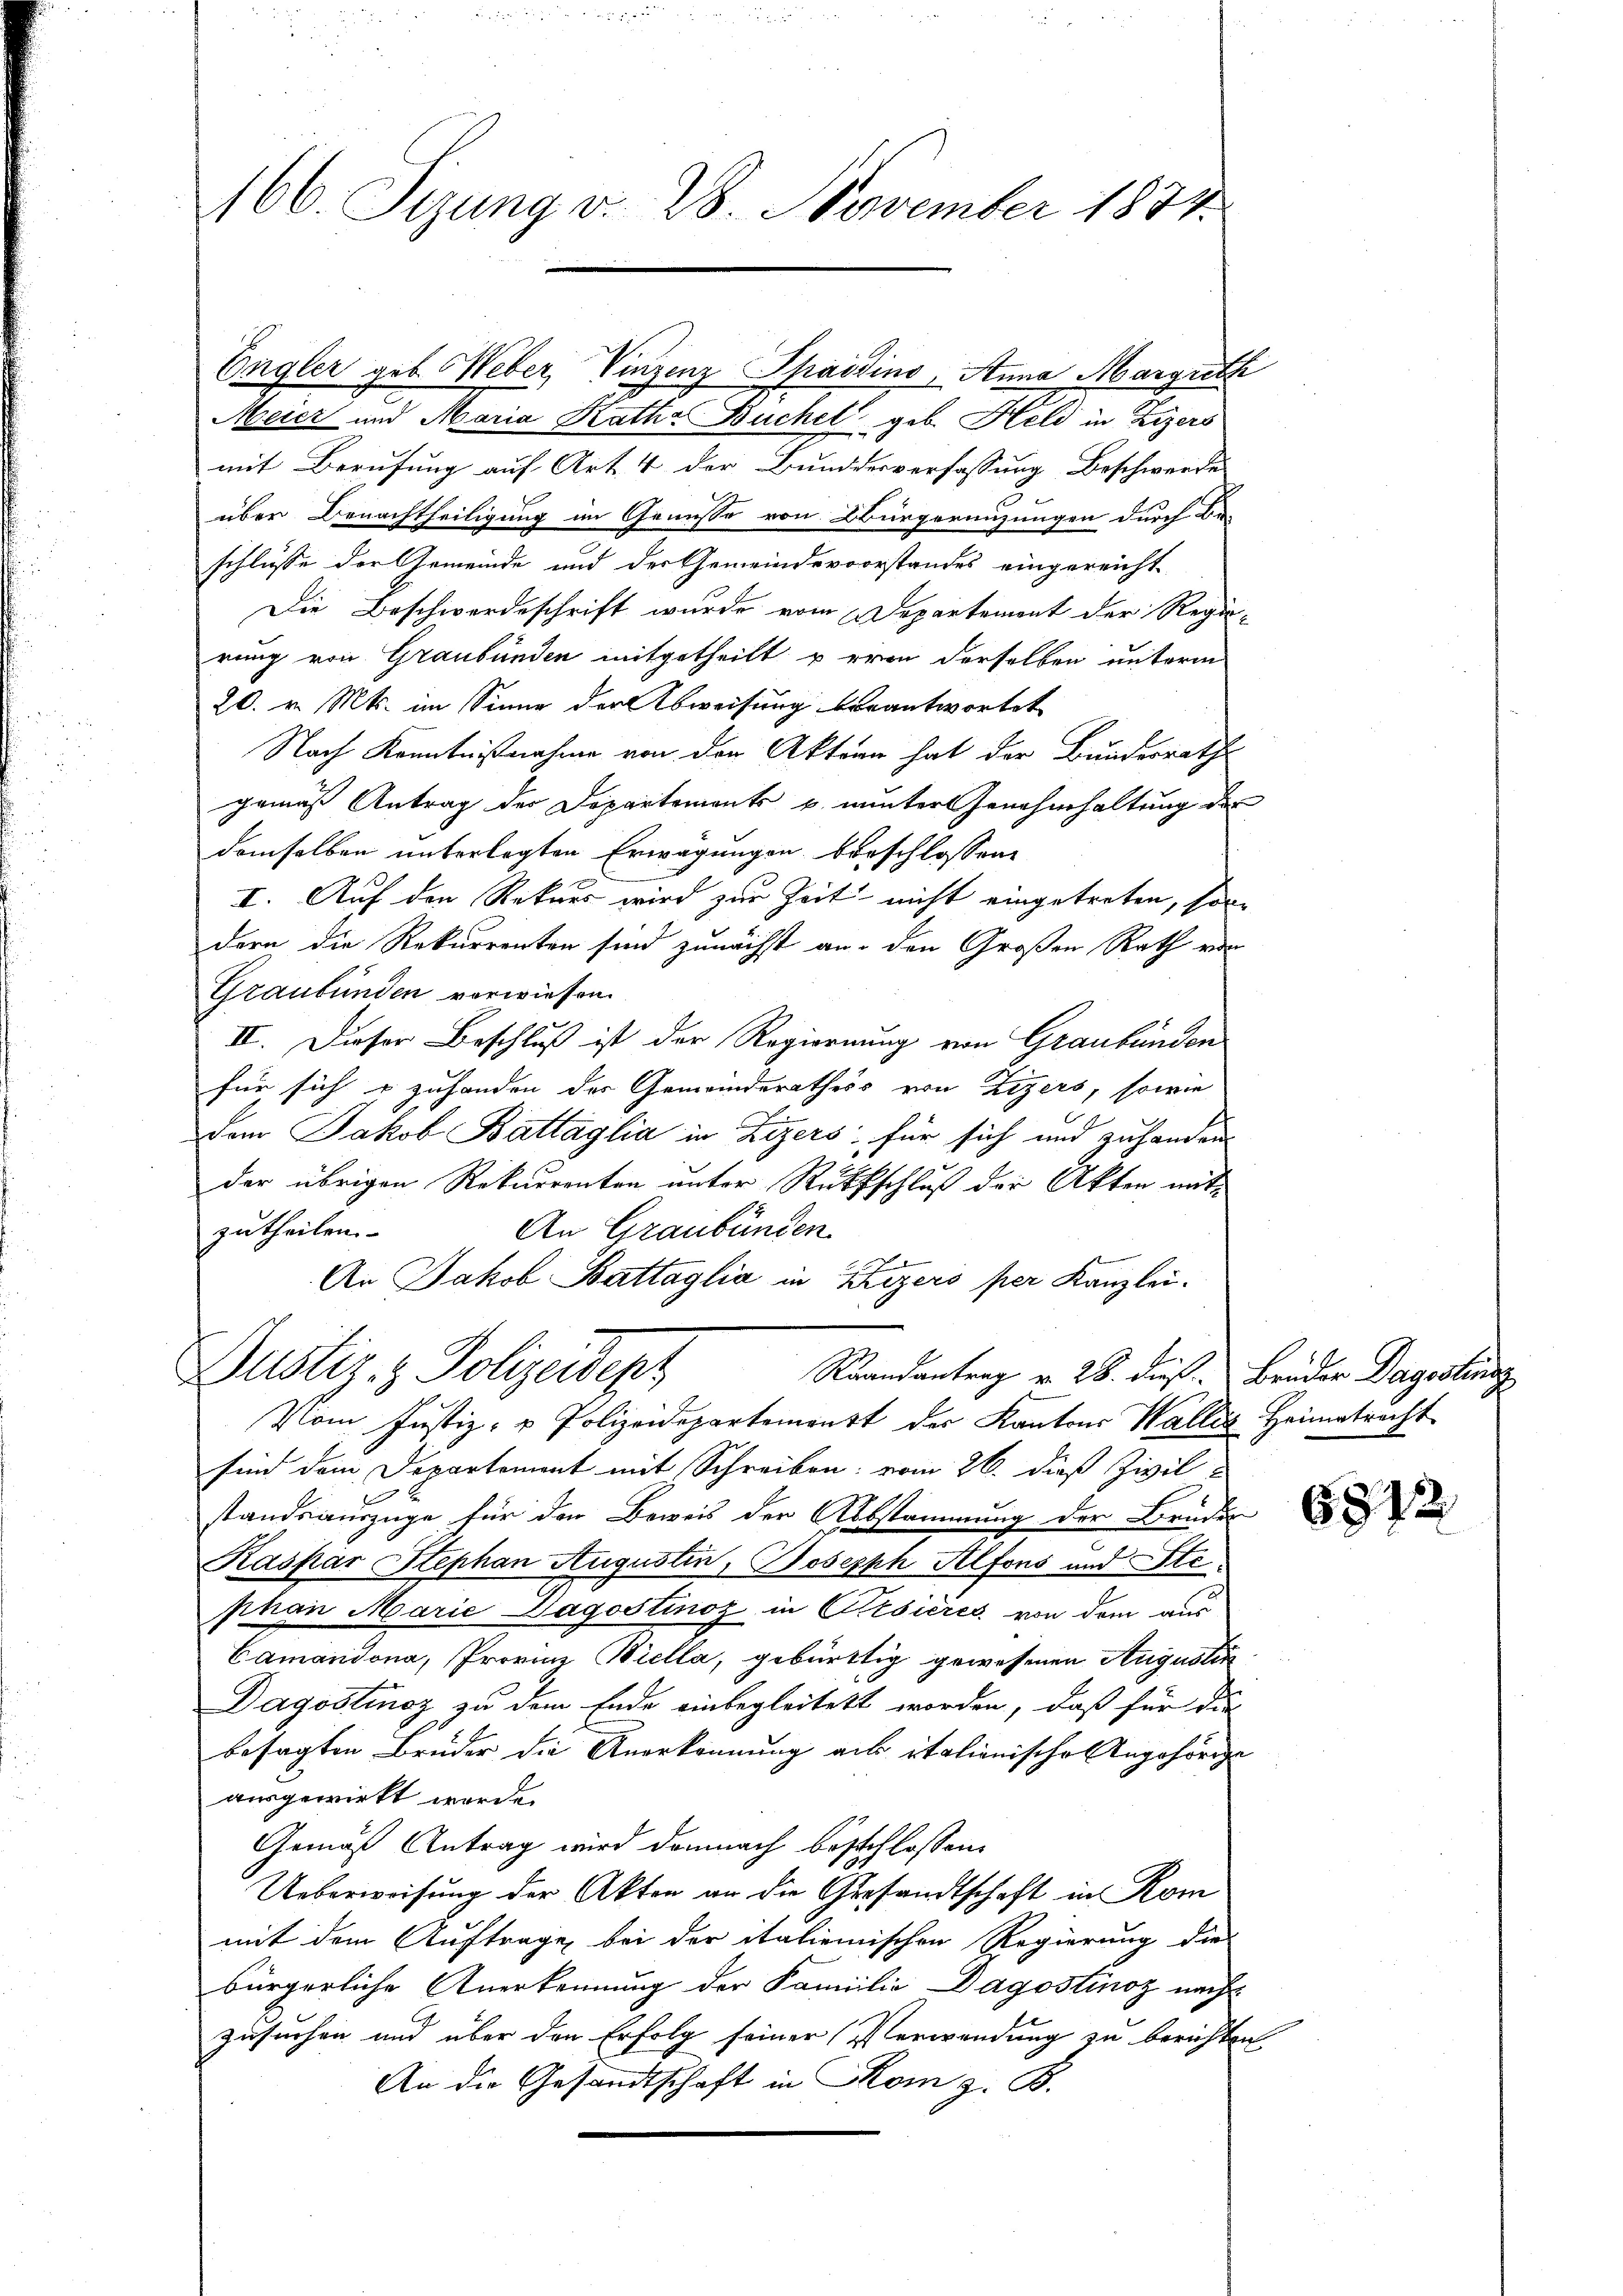
166. Sezung v. 28. November 1834.

Engler geb. Weber, Vinzenz Spaidino, Anna Margreth
Meier und Maria Katha Buchel geb. Held in Lizers
mit Berufung auf Art. 4 der Bundesverfassung Beschwerde
über Benachtheiligung im Genüsse von Bürgermitzungen durch Be-
schlüsse der Gemeinde und der Gemeindevorstandes eingereicht¬
Die Beschwordeschrift wurde vom Departement der Regie-
rung von Graubünden mitgetheilt u erin derselben unterm
20. v. Mts. im Sinne der Abweisung beantwortet
Nach Kenntnisnahme von der Akten hat der Bundesrath
gemäß Antrag der Departements u. munter Genehmhaltung der
demselben unterlegten Erwägungen verschlossene
I. Auf den Rekurs wird zur Zeit nicht eingetreten, son-
dern die Rekurrenten sind zunächst an den Großen Rath von
Graubünden vorwiesen.
II. Dieser Beschluß ist der Regierung von Graubünden
für sich u zuhanden des Gemeinderathess von Zizers, sowie
Dem Jakob Battaglia in Zizers, für sich und zuhanden
der übrigen Rekurrenten unter Rutschluß der Akten mit-
An Graubünden.
zutheilen.
An Jakob Battaglia in Khizers per Kanzlei.
Dustiz- & Polizeidepz
Raandantrag v. 28. dieß. Brüder Dagosten
Vom Justiz- u Polizeidepartement der Kantons Wallis Heimatracht
sind dem Departement mit Schreiben vom 26. dieß Zivil
standsauszüge für der Beweis der Abstammung der Bruder
Kaspar Stephan Augustin, Joseph Alfons und Ste
phan Marie Jagostinoz in Cesieres von dem aus
Camandona, Provice Biella, gebürtig gewesenen Augustin
Dagostinoz zu dem Ende einbegleitet worden, daß für die
besagten Brüder die Anerkennung aus italionische Angehörige
ausgewirkt werde.
Gemäß Antrag wird demnach beschlossen:
Ueberweisung der Akten an die Gesandtschaft in Kom
mit dem Auftrage bei der italienischen Regierung die
bürgerliche Anerkennung der Familie Dagostinoz nach
zusuchen und über den Erfolg seiner Verwendung zu berichten
An die Gesandtschaft in Rom z. B.

6842